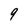
Character: 9